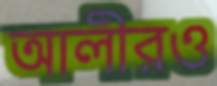
আলীরও